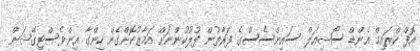
އޮފް ކްރައިމް އެންޑް ސޯޝިއަލް ސައިންސެސްގެ ފަރާތުން ފުލުހުންނަށް އަމާޒުކޮށްގެން ހިންގާ އިންވެސްޓިގޭޝަން